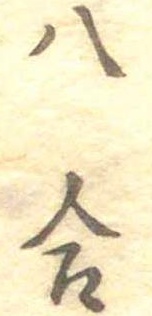
八合